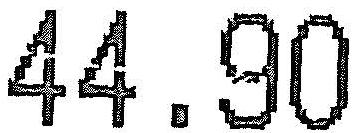
44.90